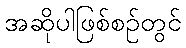
အဆိုပါဖြစ်စဉ်တွင်